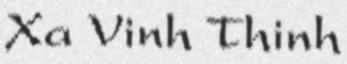
Xa Vinh Thinh